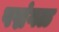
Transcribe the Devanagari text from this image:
पद्मंगळ